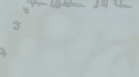
أفضل أنواع التبن والشاكرا